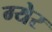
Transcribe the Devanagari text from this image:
ग्येर